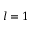
l = 1